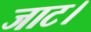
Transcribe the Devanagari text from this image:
जाट।